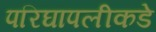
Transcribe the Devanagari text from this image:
परिघापलीकडे